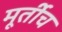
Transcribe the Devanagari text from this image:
मूर्तीच